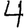
Digit: 4